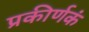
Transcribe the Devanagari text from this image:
प्रकीर्णकं